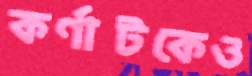
কর্ণাটকেও